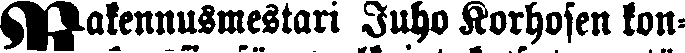
Rakennusmestari Juho Korhosen kon-